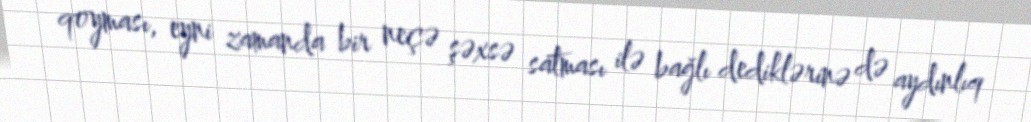
qoyması, eyni zamanda bir neçə şəxsə satması ilə bağlı dediklərinə də aydınlıq